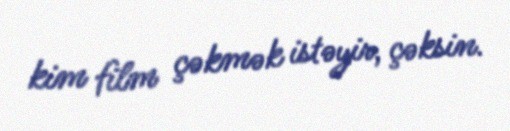
kim film çəkmək istəyir, çəksin.